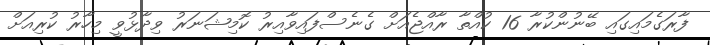
ފާރަގެމައިގައި ބޭނުންކުރާ 16 ކުއްތާ ރާއްޖެއަށް ގެނެސްފައިވާއިރު ކޮމިޝަނަރު ވިދާޅުވީ މިހާރު ކުރިއަށް